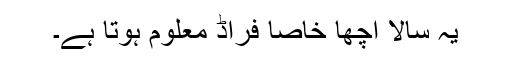
یہ سالا اچھا خاصا فراڈ معلوم ہوتا ہے۔